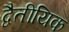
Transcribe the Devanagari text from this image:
द्वैतीयिक